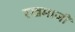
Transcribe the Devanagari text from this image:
रखमाजी